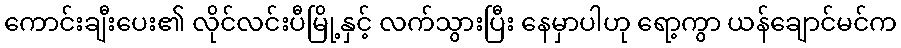
ကောင်းချီးပေး၏ လိုင်လင်းပီမြို့နှင့် လက်သွားပြီး နေမှာပါဟု ရော့ကွာ ယန်ချောင်မင်က